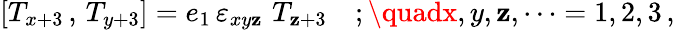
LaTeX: \left[T_{x+3}\, ,\, T_{y+3}\right]=e_{1}\, \varepsilon_{xy\mathbf{z}}\, \, T_{\mathbf{z}+3}\quad;\quadx,y,\mathbf{z},\dots=1,2,3\, ,